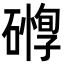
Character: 𥖒